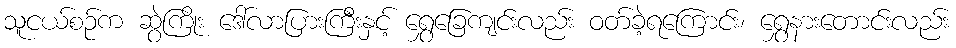
သူငယ်စဉ်က ဆွဲကြိုး ဒေါ်လာပြားကြီးနှင့် ရွှေခြေကျင်းလည်း ဝတ်ခဲ့ရကြောင်း၊ ရွှေနားတောင်းလည်း